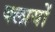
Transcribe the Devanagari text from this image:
क्लायों